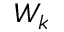
W _ { k }